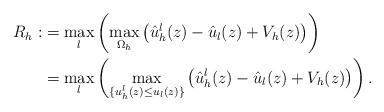
LaTeX: \begin{align*}R_h:&=\max_l\left(\max_{\Omega_h}\left( \hat{u}_h^l(z)-\hat{u}_l(z)+V_h(z)\right)\right)\\&=\max_l\left(\max_{\{{u}_h^l(z)\leq u_l(z)\}}\left( \hat{u}_h^l(z)-\hat{u}_l(z)+V_h(z)\right)\right).\end{align*}